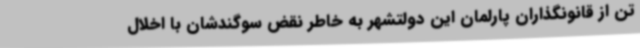
تن از قانونگذاران پارلمان این دولتشهر به خاطر نقض سوگندشان با اخلال